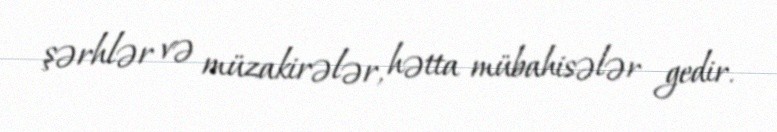
şərhlər və müzakirələr, hətta mübahisələr gedir.